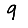
Digit: 9